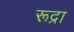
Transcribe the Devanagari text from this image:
रूद्रा